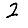
Digit: 2